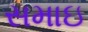
સમાઇ